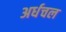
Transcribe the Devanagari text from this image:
अर्धचल